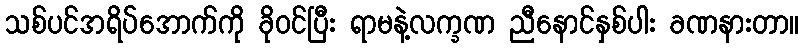
သစ်ပင်အရိပ်အောက်ကို ခိုဝင်ပြီး ရာမနဲ့လက္ခဏ ညီနောင်နှစ်ပါး ခဏနားတာ။